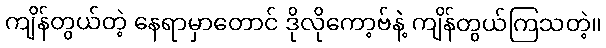
ကျိန်တွယ်တဲ့ နေရာမှာတောင် ဒိုလိုကော့ဗ်နဲ့ ကျိန်တွယ်ကြသတဲ့။